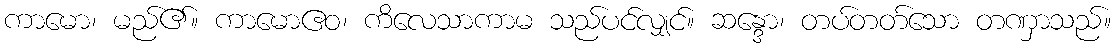
ကာမော၊ မည်၏။ ကာမောဧဝ၊ ကိလေသာကာမ သည်ပင်လျှင်။ ဆန္ဒော၊ တပ်တတ်သော တဏှာသည်။